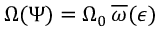
\Omega ( \Psi ) = \Omega _ { 0 } \, \overline { { \omega } } ( \epsilon )